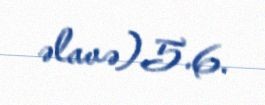
əlavə).5.6.